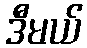
ဒီမယ်